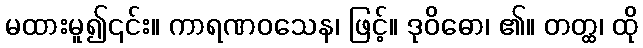
မထားမူ၍၎င်း။ ကာရဏဝသေန၊ ဖြင့်။ ဒုဝိဓော၊ ၏။ တတ္ထ၊ ထို